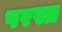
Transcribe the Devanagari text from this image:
परस्प्र